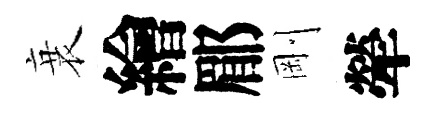
衰繪郿剛犖